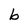
Character: b